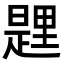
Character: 𨤱